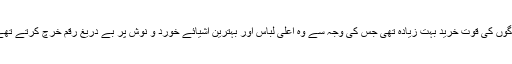
لوگوں کی قوتِ خرید بہت زیادہ تھی جس کی وجہ سے وہ اعلیٰ لباس اور بہترین اَشیائے خورد و نوش پر بے دریغ رقم خرچ کرتے تھے۔